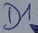
Text: D1